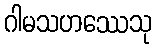
ဂါမသဟဿေသု